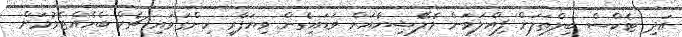
އަދި ޓެކްސް ބިލްތަލަށް ފިއްލަވަން މެލޭޝިޔާއަށް ވަޑައިގެން ވިޔަފާރި ހިންގަވައި ޗެކް ބެހެއްޓެވުމަށް